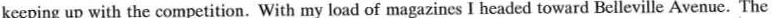
keeping up with the competition. With my load of magazines I headed toward Belleville Avenue. The